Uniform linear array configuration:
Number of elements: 12
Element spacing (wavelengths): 1
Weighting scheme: cosine
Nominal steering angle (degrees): -15
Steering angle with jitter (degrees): -16.677
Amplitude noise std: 0.05
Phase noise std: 0.05

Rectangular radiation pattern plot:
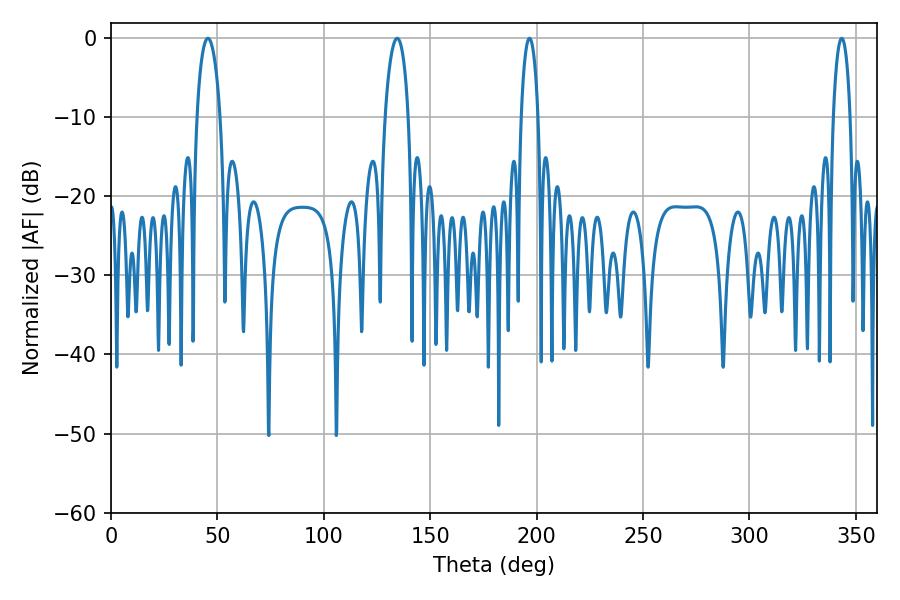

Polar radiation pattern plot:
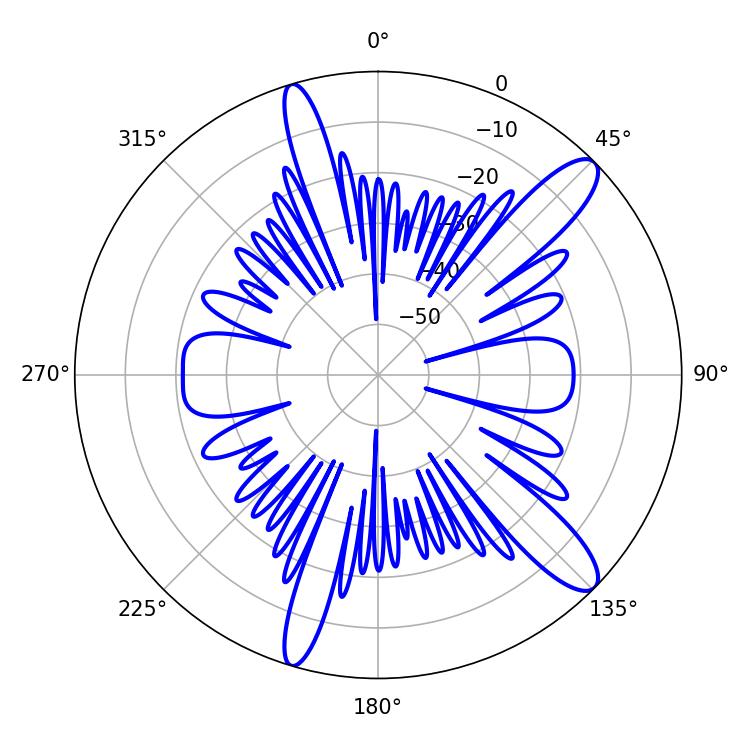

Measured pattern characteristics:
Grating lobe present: TRUE
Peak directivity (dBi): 12.273
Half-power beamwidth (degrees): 6.3
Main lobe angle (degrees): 45.54